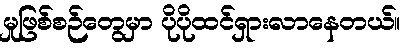
မှုဖြစ်စဉ်တွေမှာ ပိုပိုထင်ရှားလာနေတယ်။